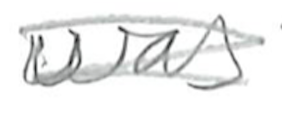
Text: was
Cross-out: mix
Writing tool: pencil